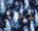
لمادا